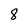
Character: 8